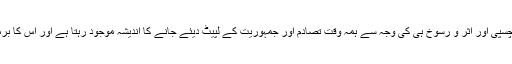
سیاست میں فوج کی اس دلچسپی اور اثر و رسوخ ہی کی وجہ سے ہمہ وقت تصادم اور جمہوریت کے لپیٹ دیئے جانے کا اندیشہ موجود رہتا ہے اور اس کا برملا اظہار بھی کیا جاتا ہے۔